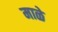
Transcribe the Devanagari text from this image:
माळे